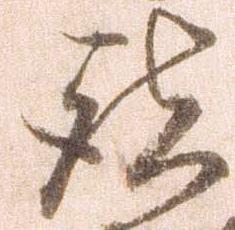
諸